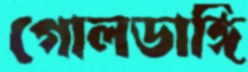
গোলডাঙ্গি